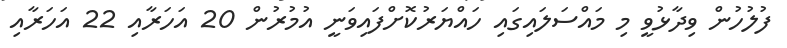
ފުލުހުން ވިދާޅުވީ މި މައްސަލައިގައި ހައްޔަރުކޮށްފައިވަނީ އުމުރުން 20 އަހަރާއި 22 އަހަރާއި